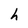
Character: h